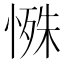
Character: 𪬔